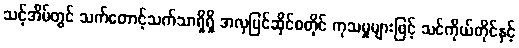
သင့်အိမ်တွင် သက်တောင့်သက်သာရှိရှိ အလှပြင်ဆိုင်စတိုင် ကုသမှုများဖြင့် သင်ကိုယ်တိုင်နှင့်